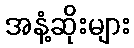
အနံ့ဆိုးများ